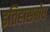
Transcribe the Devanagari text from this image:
इतिहासबोध